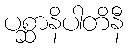
ပစ္ဆာနိပါတိနီ